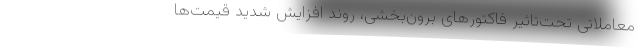
معاملاتی تحت‌تاثیر فاکتورهای برون‌بخشی، روند افزایش شدید قیمت‌ها